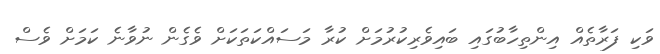
ވަކި ފަރާތެއް އިންތިހާބުގައި ބައިވެރިކުރުމަށް ކުރާ މަސައްކަތަކަށް ވެގެން ނުވާނެ ކަމަށް ވެސް